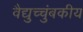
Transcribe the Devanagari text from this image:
वैद्युच्चुंबकीय